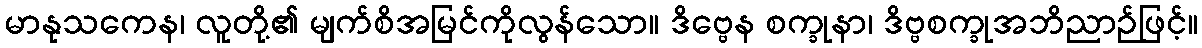
မာနုသကေန၊ လူတို့၏ မျက်စိအမြင်ကိုလွန်သော။ ဒိဗ္ဗေန စက္ခုနာ၊ ဒိဗ္ဗစက္ခုအဘိညာဉ်ဖြင့်။